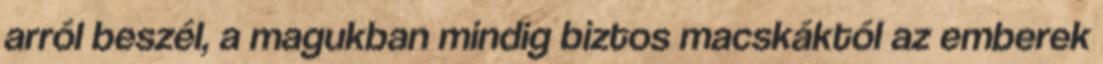
arról beszél, a magukban mindig biztos macskáktól az emberek